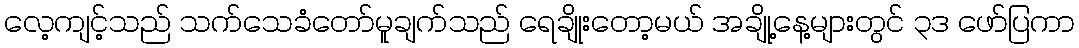
လေ့ကျင့်သည် သက်သေခံတော်မူချက်သည် ရေချိုးတော့မယ် အချို့နေ့များတွင် ၃ဒ ဖော်ပြကာ